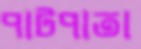
পাটপাতা